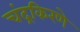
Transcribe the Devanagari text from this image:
चंद्रकिरणे